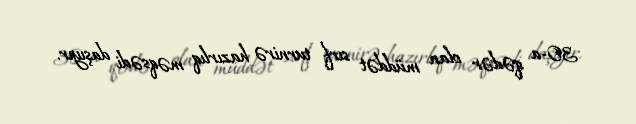
30-a qədər olan müddət sırf turnirə hazırlıq məqsədi daşıyır.